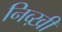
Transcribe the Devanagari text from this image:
निव्ख़ी